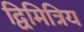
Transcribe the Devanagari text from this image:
द्विमित्रिय